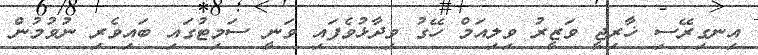
އިނގިރޭސި ޚާރިޖީ ވަޒީރު ވިލިއަމް ހޭގު ވިދާޅުވެފައި ވަނީ ސަމިޓުގައި ބައިވެރި ނުވުމުން